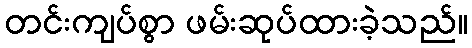
တင်းကျပ်စွာ ဖမ်းဆုပ်ထားခဲ့သည်။